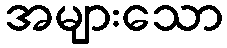
အများသော